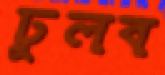
ঢুলব